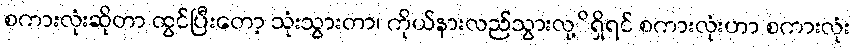
စကားလုံးဆိုတာ ထွင်ပြီးတော့ သုံးသွားတာ၊ ကိုယ်နားလည်သွားလု့ိရှိရင် စကားလုံးဟာ စကားလုံး